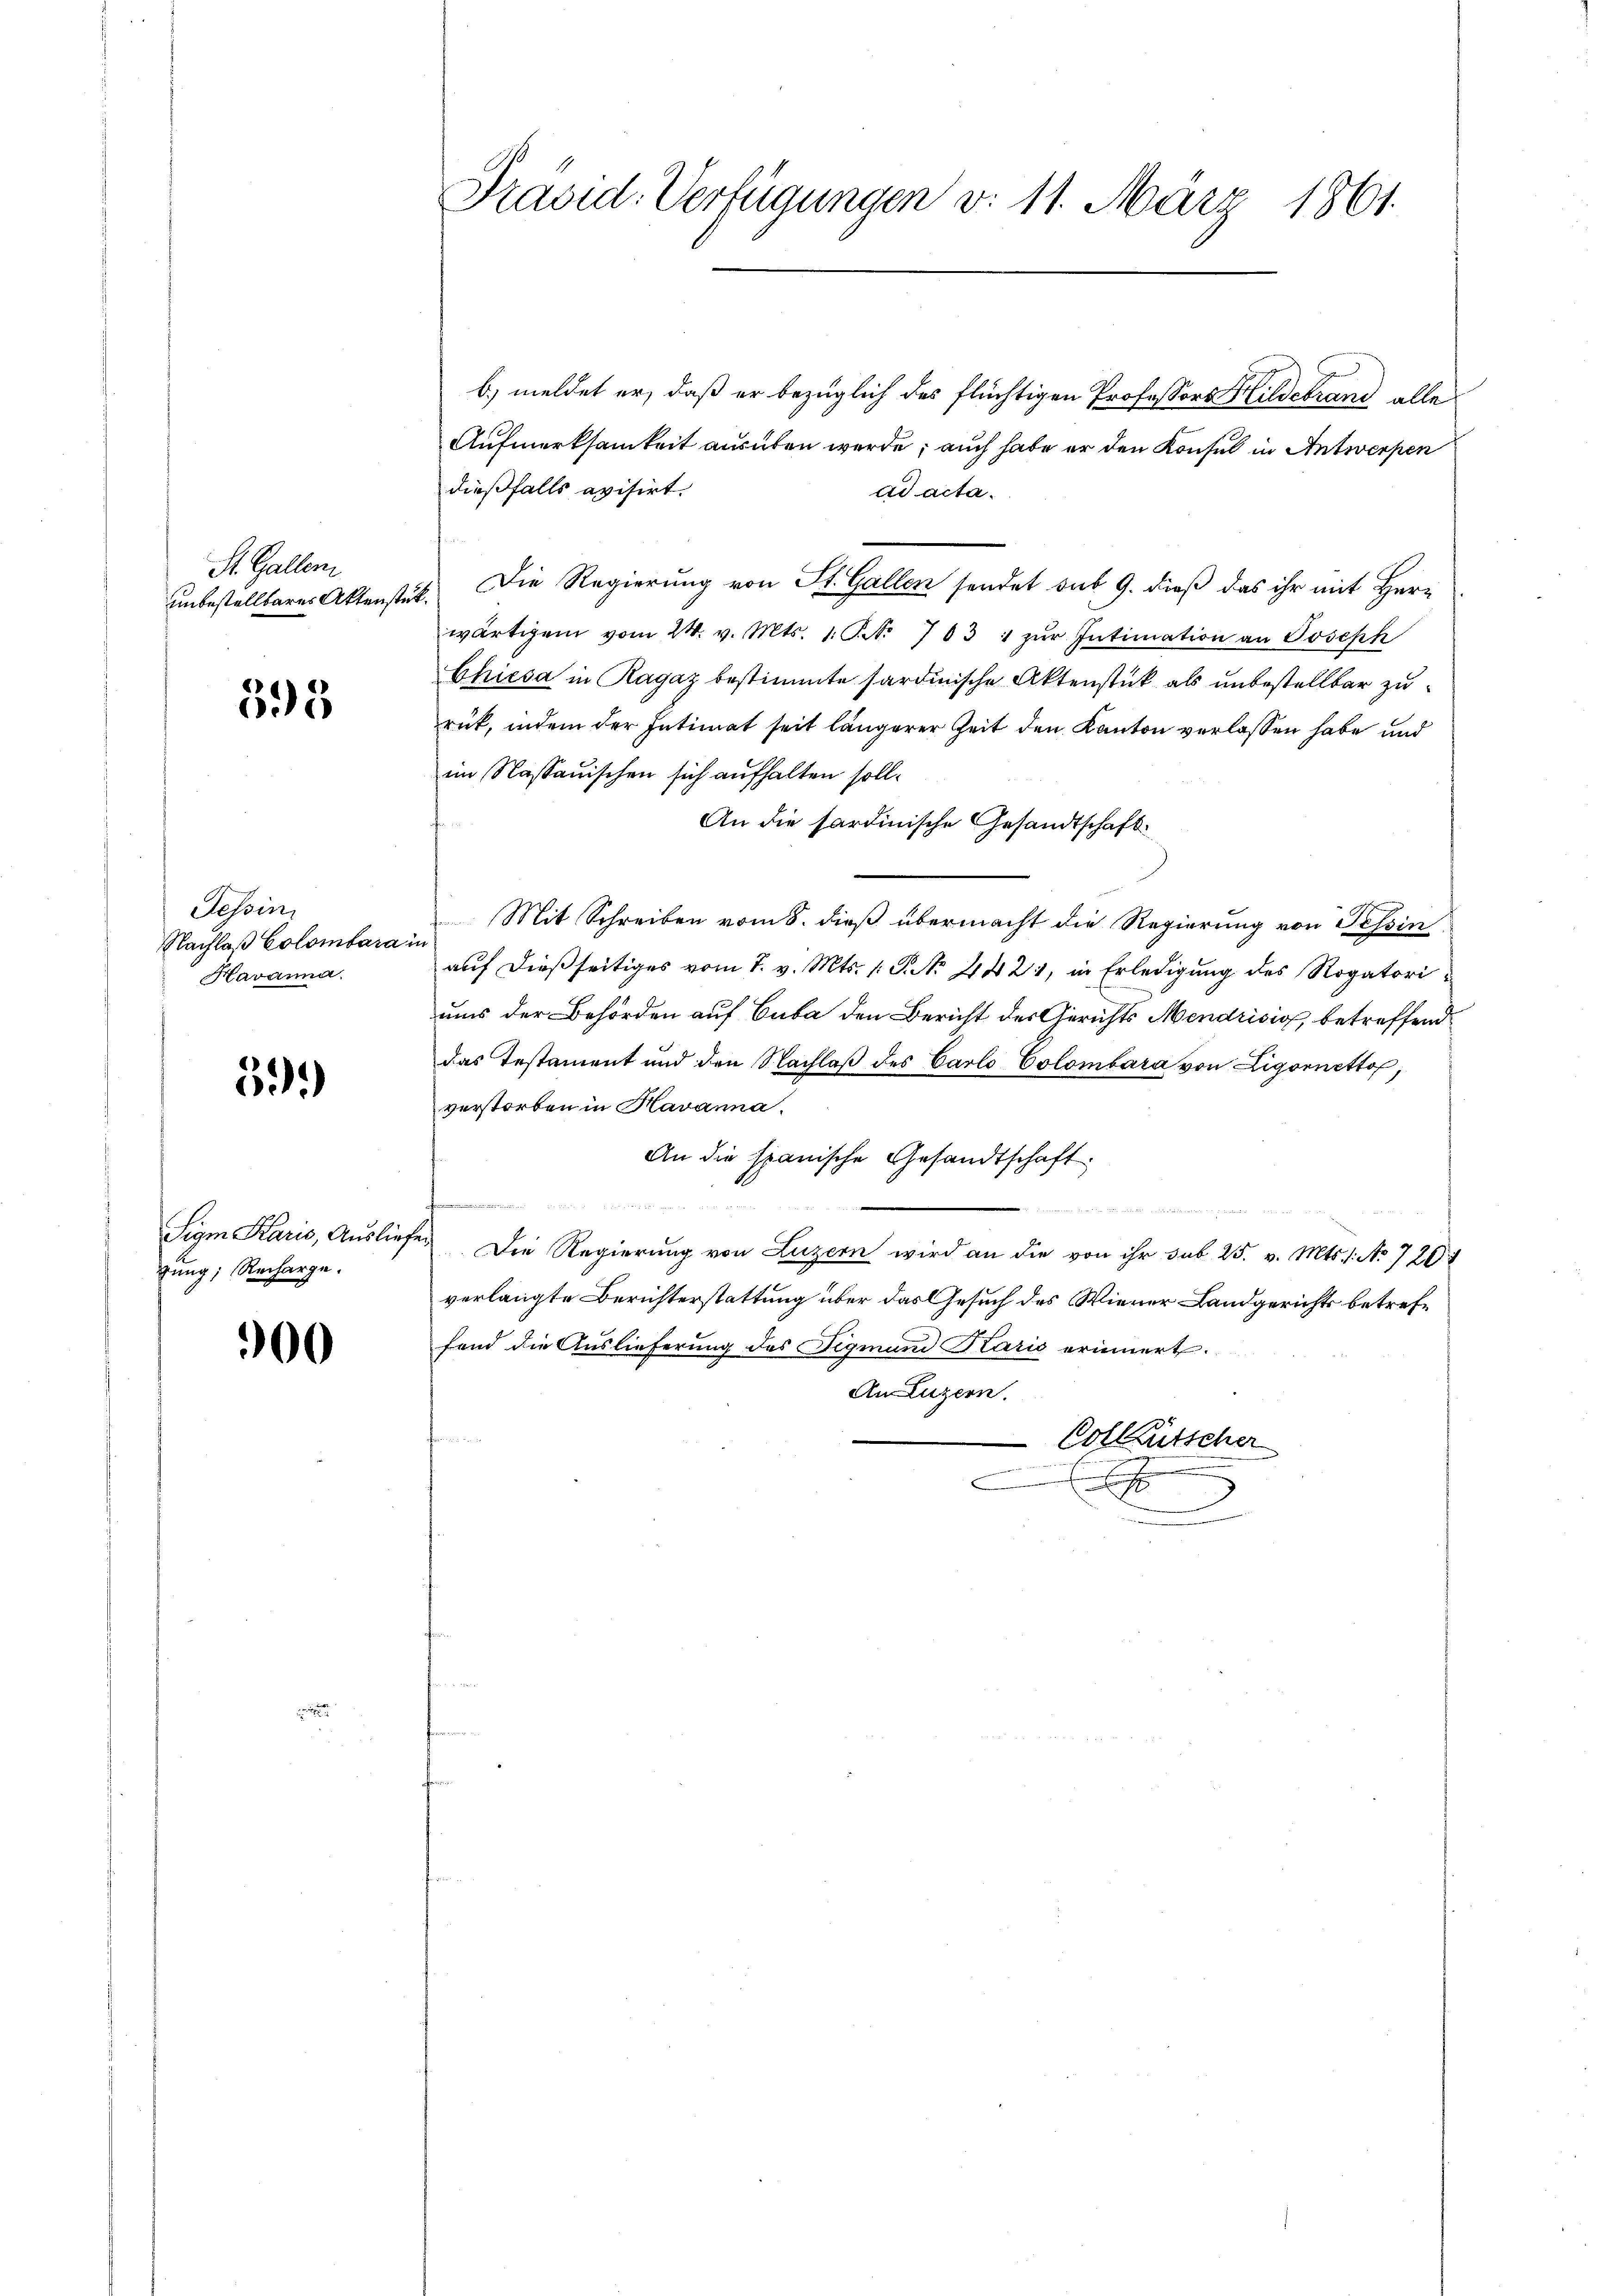
St. Gallen
unbestellbares Aktenstück.

395

Tessin.
Nachlaß Colombara in
Havanna.

59.)

Sigm Karis, Ausliegung; Recharge.

900

Präsid. Verfügungen v. 11. März 1861.

b) meldet er, daß er bezüglich des flüchtigen Professors Hildebrand alle
Aufmerksamkeit ausüben werde; auch habe er den Konsul in Antwerpen
dießfalls avisirt.
ad acta.
 Die Regierung von St. Gallen sendet sub 9. dieß das ihr mit Herr
wärtigem vom 24. v. Mts. 1. S. 703 " zŭr Intimation an Joseph
Chiesa in Ragaz bestimmte sardinische Aktenstück als unbestellbar zurück, indem der Intimat seit längerer Zeit den Kanton verlassen habe und
im Nassauischen sich aufhalten soll¬
An die sardinische Gesandtschaft
Mit Schreiben vom 8. dieß übermacht die Regierung von Tessin
auf dießseitiges vom 7. v. Mts. 1. P. Nr. 242, in Erledigung des Rogatoriuns der Behörden auf Cuba den Bericht des Gerichts Mendrisis, betreffend
das Testament und den Nachlaβ des Carlo Colombara von Ligornetto,
verstorben in Havanna.
An die spanische Gesandtschaft

t

 Die Regierung von Luzern wird an die von ihr sub 25. v. Mts. 1. No 720
verlangte Berichterstattung über das Gesuch des Wiener Landgerichts betreffend die Auslieferung des Sigmund Klario erinnert.
An Luzern.
Collgütscher
x